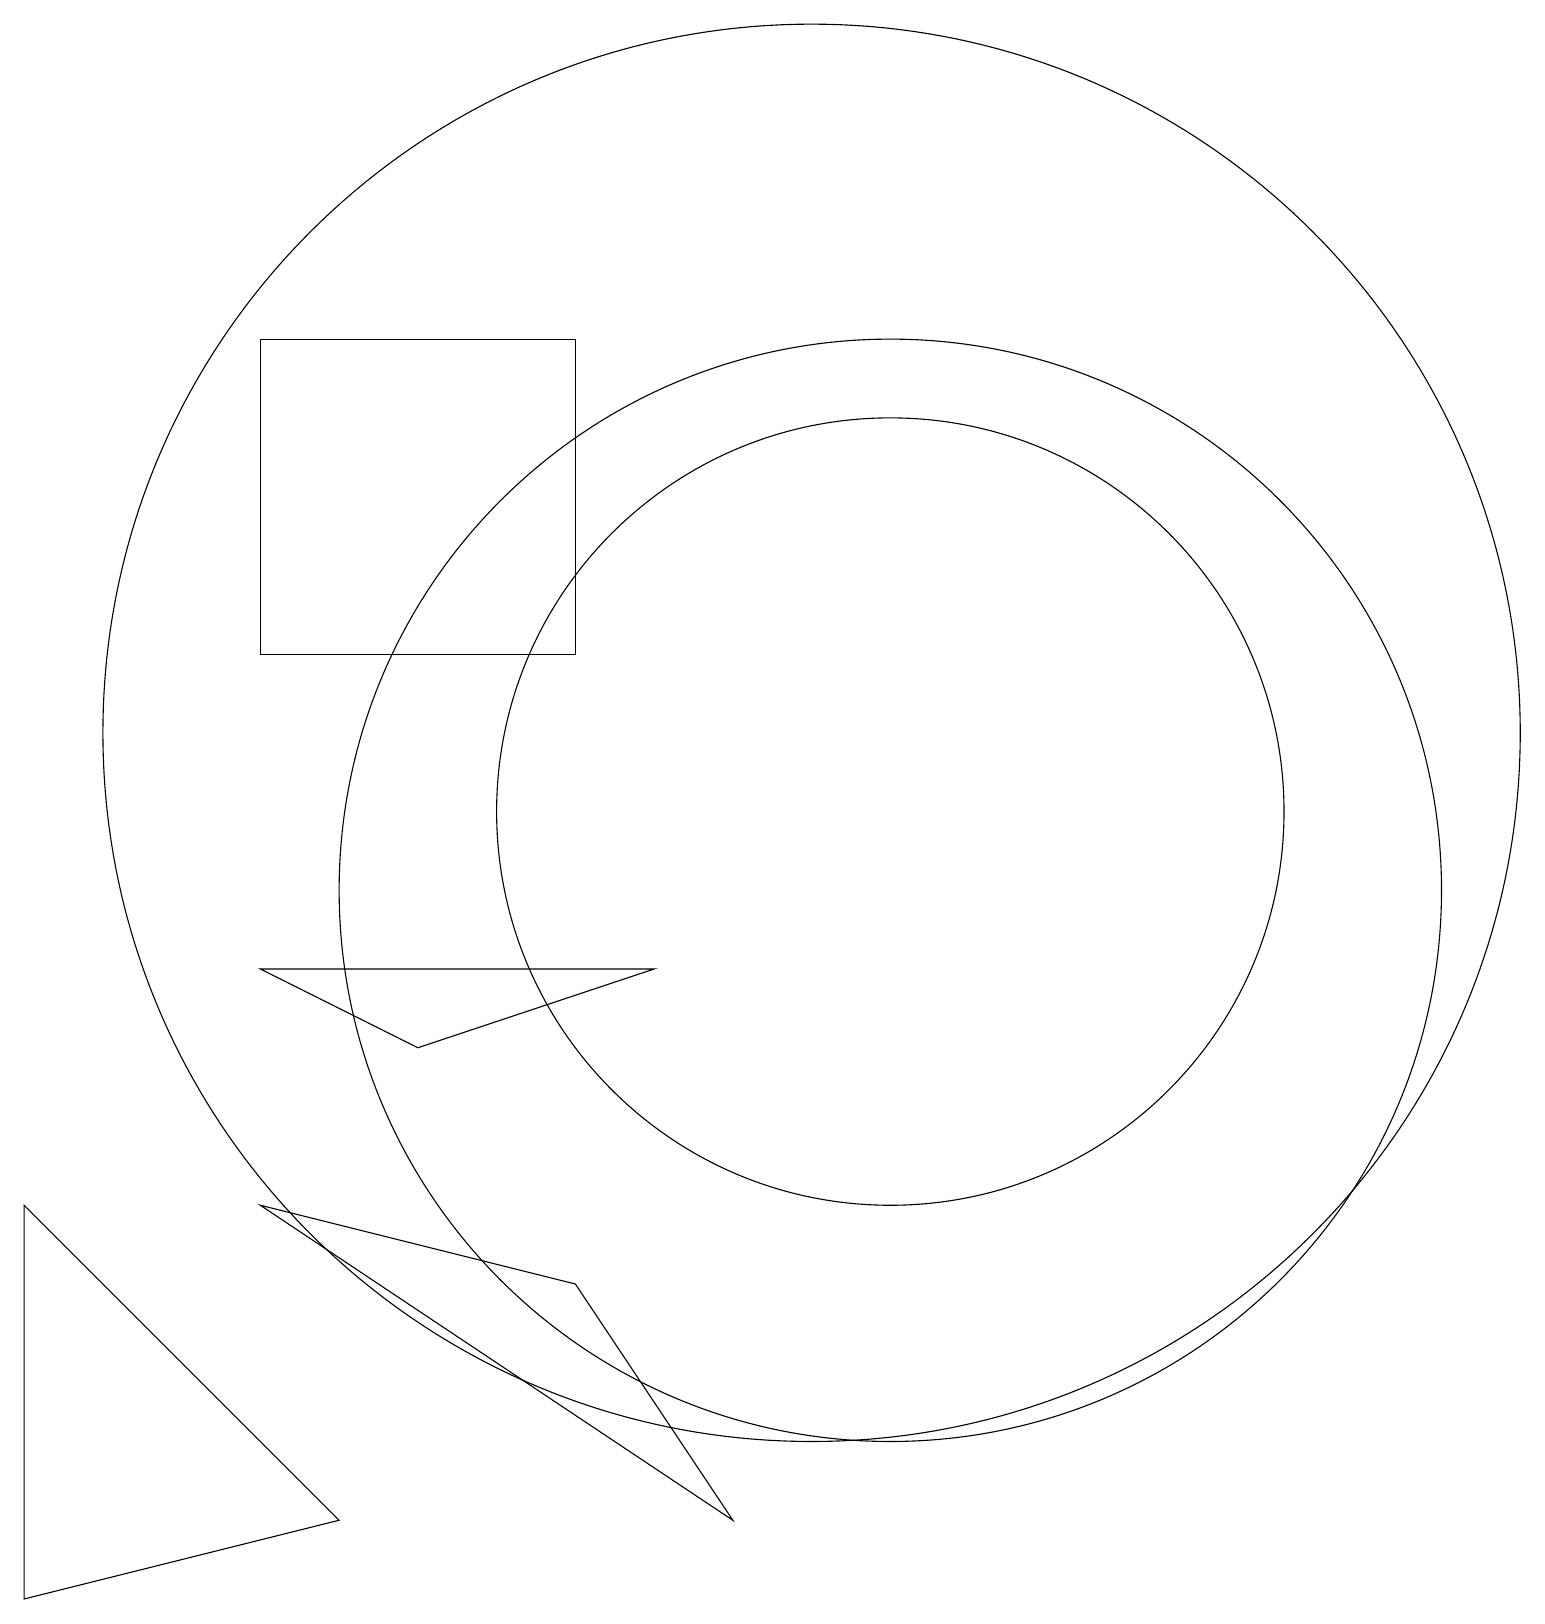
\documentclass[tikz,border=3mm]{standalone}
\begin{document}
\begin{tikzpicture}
\draw (4,2) -- (0,1) -- (0,6) -- cycle;
\draw (7,17) rectangle (3,13);
\draw (10,12) circle (9);
\draw (3,9) -- (8,9) -- (5,8) -- cycle;
\draw (7,5) -- (3,6) -- (9,2) -- cycle;
\draw (11,10) circle (7);
\draw (11,11) circle (5);
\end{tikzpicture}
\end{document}